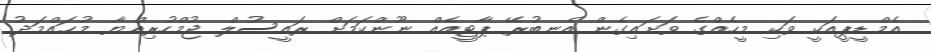
އެމްޑީޕީއަކީ ވަކި މީހެއްގެ ވަށައިގެން އެނބުރޭ ޕާޓީއެއް ނޫންކަމަށް ރައީސުލް ޖުމްހުރިއްޔާ މުޙައްމަދު